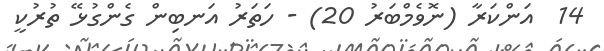
14  އަންކަރާ (ނޮވެމްބަރު 20) - ހަތަރު އަނބިން ގެންގުޅޭ ތުރުކީ